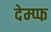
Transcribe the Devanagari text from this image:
देम्प्फ